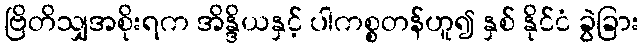
ဗြိတိသျှအစိုးရက အိန္ဒိယနှင့် ပါကစ္စတန်ဟူ၍ နှစ် နိုင်ငံ ခွဲခြား